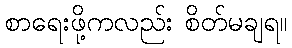
စာရေးဖို့ကလည်း စိတ်မချရ။